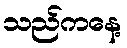
သည်ကနေ့